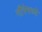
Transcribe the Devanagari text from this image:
नीरेमध्ये